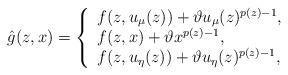
LaTeX: \begin{align*} \hat{g}(z,x)=\left\{ \begin{array}{ll} f(z,u_\mu(z))+\vartheta u_\mu(z)^{p(z)-1}, & \\ f(z,x)+\vartheta x^{p(z)-1}, & \\ f(z,u_\eta(z))+\vartheta u_\eta(z)^{p(z)-1}, & \end{array} \right.\end{align*}